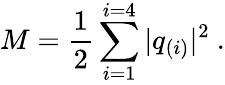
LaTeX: M=\frac{1}{2}\sum_{i=1}^{i=4}|q_{(i)}|^{2}\ .